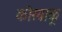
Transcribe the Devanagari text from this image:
कोरवाकू